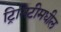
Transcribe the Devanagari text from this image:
ट्रिनिटीमधील